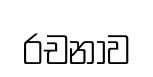
රචනාව